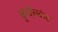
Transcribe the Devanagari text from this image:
बुन्देल्कंद